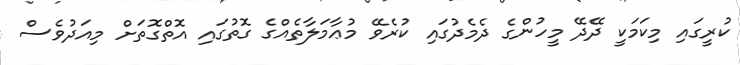
ކުރީގައި މިކަމަކީ ދޭދޭ މީހުންގެ ދެމެދުގައި ކުރެވޭ މުޢާމަލާތެއްގެ ގޮތުގައި އޮތްގޮތަށް މިއަދުވެސް